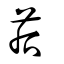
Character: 茩